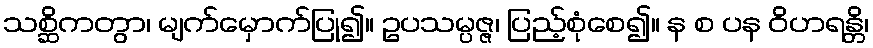
သစ္ဆိကတွာ၊ မျက်မှောက်ပြု၍။ ဥပသမ္ပဇ္ဇ၊ ပြည့်စုံစေ၍။ န စ ပန ဝိဟရန္တိ၊